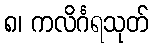
၈၊ ကလိင်္ဂရသုတ်